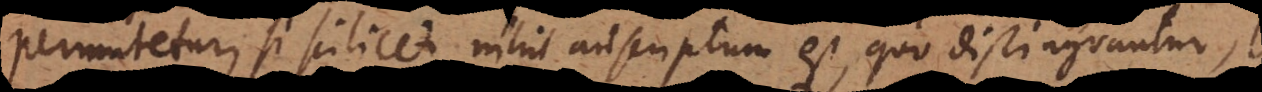
permutetur, si scilicet nihil adscriptum est, quo distinguantur,